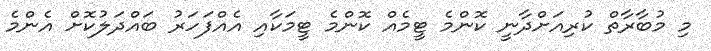
މި މުބާރާތް ކުރިއަށްދާނީ ކޮންމެ ޓީމެއް ކޮންމެ ޓީމަކާއި އެއްފަހަރު ބައްދަލުކޮށް އެންމެ